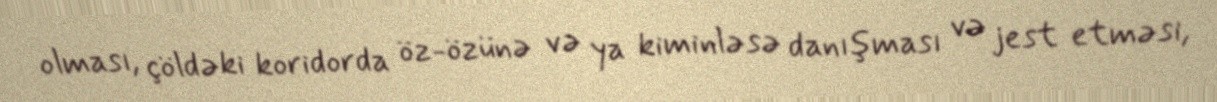
olması, çöldəki koridorda öz-özünə və ya kiminləsə danışması və jest etməsi,